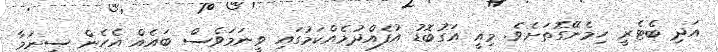
އަދި ބެޓެރީ ހިމެނޭގޮތަށެވެ. މިއީ އަގުބޮޑު އުފެއްދުމެއްކަމުގައި ވީނަމަވެސް ބައެއް އެހެން ސިނަމާ